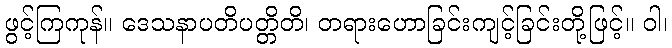
ဖွင့်ကြကုန်။ ဒေသနာပတိပတ္တိတိ၊ တရားဟောခြင်းကျင့်ခြင်းတို့ဖြင့်။ ဝါ၊